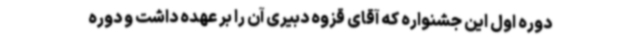
دوره اول این جشنواره که آقای قزوه دبیری آن را بر عهده داشت و دوره